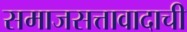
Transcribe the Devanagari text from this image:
समाजसत्तावादाची